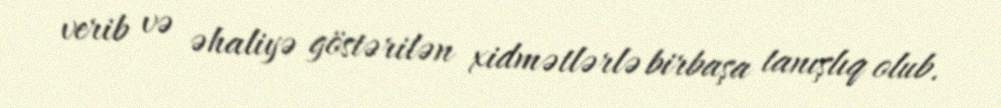
verib və əhaliyə göstərilən xidmətlərlə birbaşa tanışlıq olub.